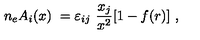
n _ { e } A _ { i } ( x ) \ = \- \varepsilon _ { i j } \ \frac { x _ { j } } { x ^ { 2 } } [ 1 - f ( r ) ] \ ,